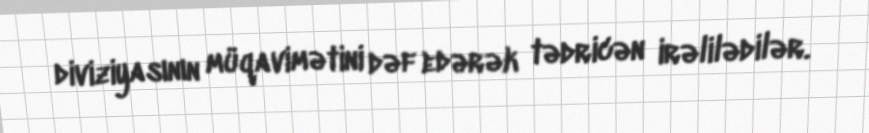
diviziyasının müqavimətini dəf edərək tədricən irəlilədilər.